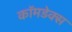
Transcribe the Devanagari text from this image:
कॉमडेक्स